Document type: Barter
Year: 1304
Scribe: Pere Pometa
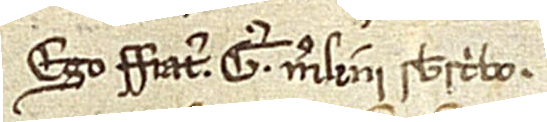
Ego frater G. Merlini subscribo.